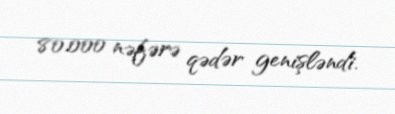
80.000 nəfərə qədər genişləndi.